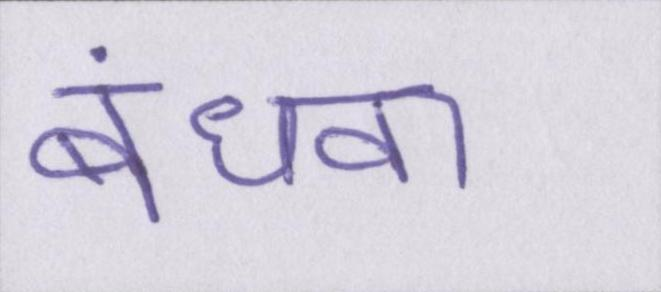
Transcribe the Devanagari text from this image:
बंधवा